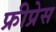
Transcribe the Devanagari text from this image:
फ्रीप्रेस